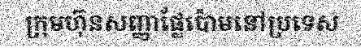
ក្រុមហ៊ុនសញ្ញាផ្លែប៉ោមនៅប្រទេស